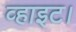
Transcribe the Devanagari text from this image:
व्हाइट।